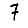
Digit: 7